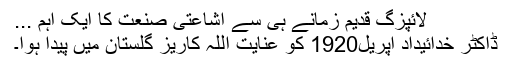
لائپزگ قدیم زمانے ہی سے اشاعتی صنعت کا ایک اہم ...
ڈاکٹر خدائیداد اپریل1920 کو عنایت اللہ کاریز گلستان میں پیدا ہوا۔